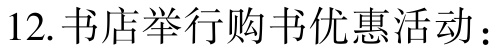
12. 书店举行购书优惠活动：